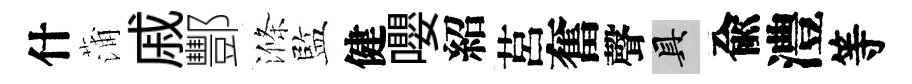
什蒲戚酆滌監健嚶紹莒奮聲具兪澧等